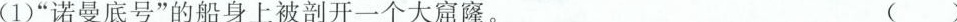
(1)”诺曼底号”的船身上被剖开一个大窟窿。 (